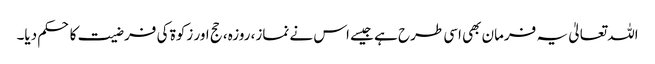
اللہ تعالیٰ یہ فرمان بھی اسی طرح ہے جیسے اس نے نماز، روزہ، حج اور زکوۃ کی فرضیت کا حکم دیا۔